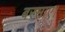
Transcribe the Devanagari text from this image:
बरसाए।